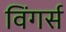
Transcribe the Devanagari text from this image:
विंगर्स